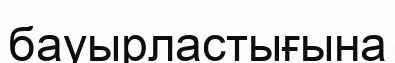
бауырластығына